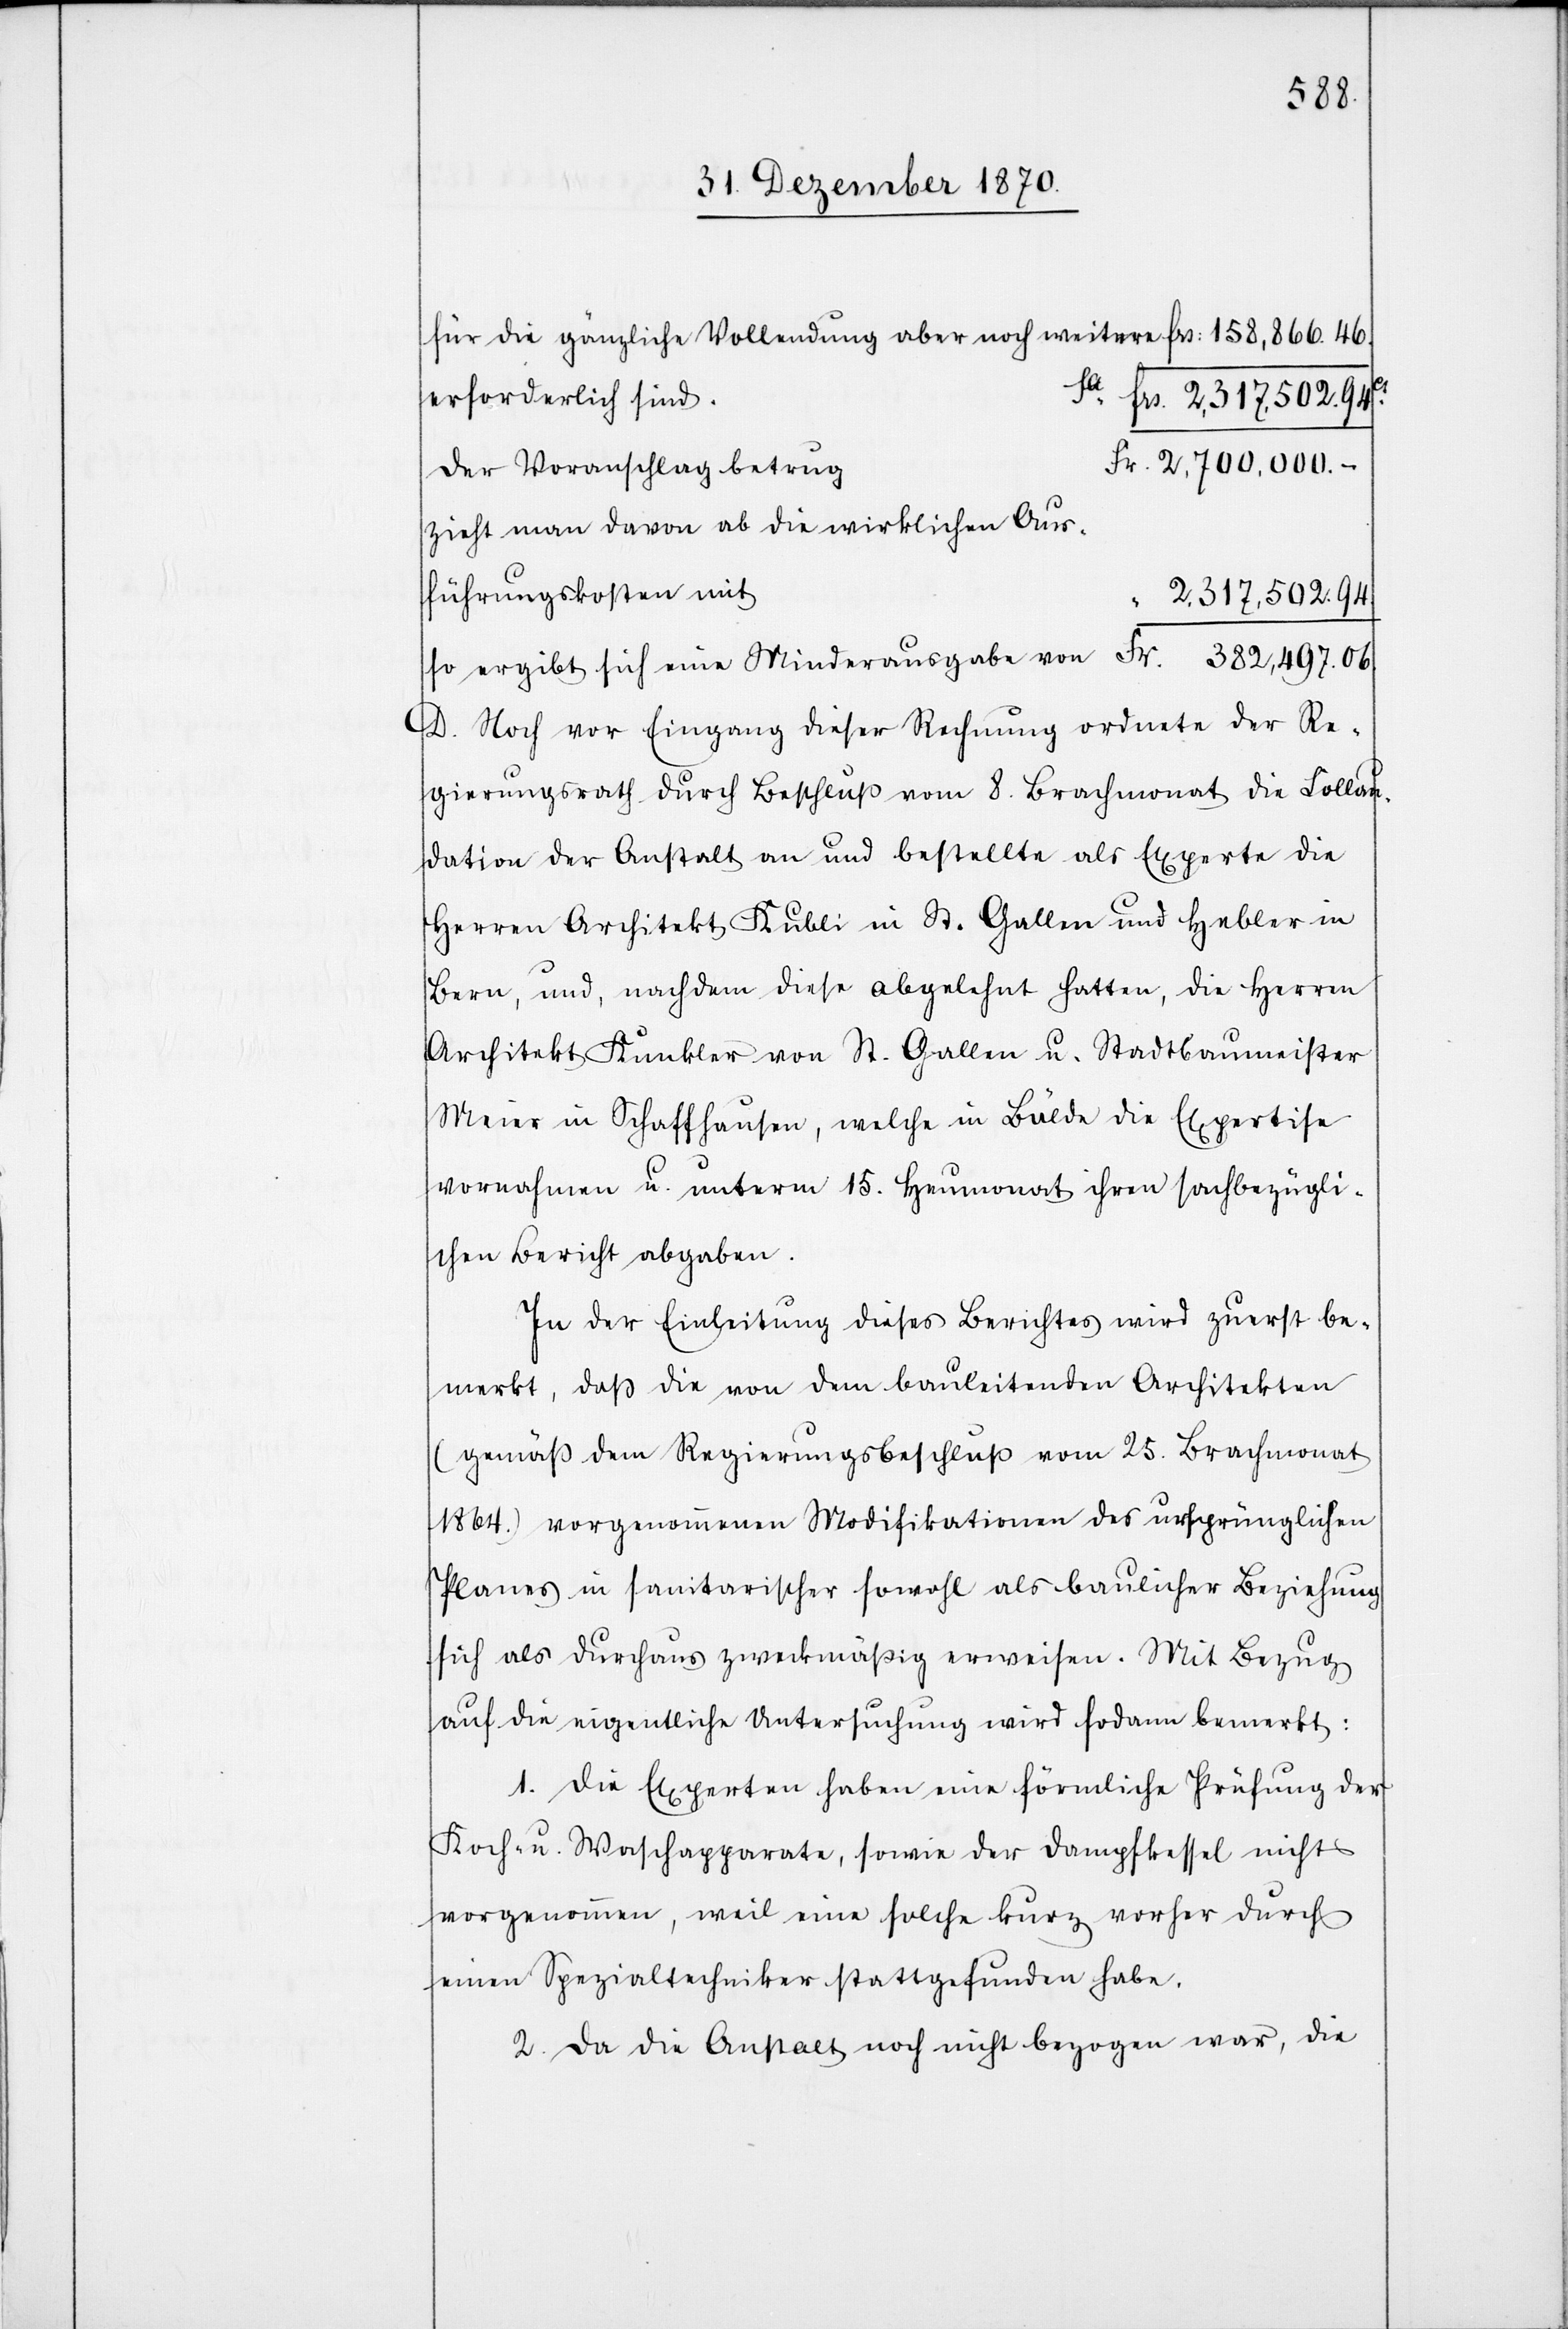
für die gänzliche Vollendung aber noch weitere Frs: 158,866. 46.
erforderlich sind.
Sa. Frs. 2,317.502. 94Ct.
Fr. 2,7000,000.–
Der Voranschlag betrug
zieht man davon ab die wirklichen Aus¬
führungskosten mit
2,317,502. 94
so ergibt sich eine Minderausgabe von Fr. 382,497. 06
D. Noch vor Eingag dieser Rechnung ordnete der Re¬
gierungsrath durch Beschluß vom 8. Brachmonat die Kollau¬
dation der Anstalt an und bestellte als Experte die
Herren Architekt Kublin in St. Gallen und Hebler in
Bern, und, nachdem diese abgelehnt hatten, die Herren
Architekt Kunkler von St. Gallen u. Stadtbaumeister
Meier in Schaffhausen, welche in Bälde die Expertise
vornahmen u. unterm 15. Heumonat ihren sachbezügli¬
chen Bericht abgaben.
In der Einleitung dieses Berichtes wird zuerst be¬
merkt, daß die von dem bauleitenden Architekten
(gemäß dem Regierungsbeschluß vom 25. Brachmonat
1864.) vorgenommenen Modifikationen des ursprünglichen
Planes in sanitarischer sowohl als baulicher Beziehung
sich als durchaus zweckmäßig erweisen. Mit Bezug
auf die eigentliche Untersuchung wird sodann bemerkt:
1. Die Experten haben eine förmliche Prüfung der
Koch- u. Waschapparate, sowie der Dampfkessel nicht
vorgenommen, weil eine solche kurz vorher durch
einen Spezialtechniker stattgefunden habe.
2. Da die Anstalt noch nicht bezogen war, die